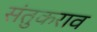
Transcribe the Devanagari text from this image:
संतुकराव